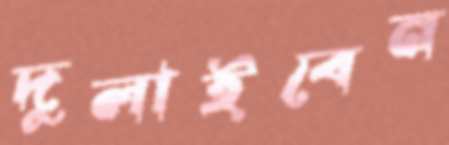
দুলাইবেন